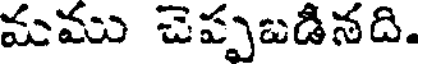
మము చెప్పబడినది.